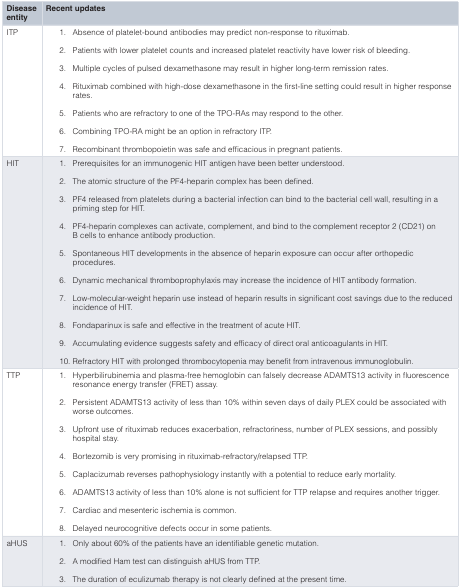
| Diseaseentity | Recent updates |
 | --- | --- |
 | ITP | 1.Absence of platelet-bound antibodies may predict non-response to rituximab.2.Patients with lower platelet counts and increased platelet reactivity have lower risk of bleeding.3.Multiple cycles of pulsed dexamethasone may result in higher long-term remission rates.4.Rituximab combined with high-dose dexamethasone in the first-line setting could result in higher responserates.5.Patients who are refractory to one of the TPO-RAs may respond to the other.6.Combining TPO-RA might be an option in refractory ITP.7.Recombinant thrombopoietin was safe and efficacious in pregnant patients. |
 | HIT | 1.Prerequisites for an immunogenic HIT antigen have been better understood.2.The atomic structure of the PF4-heparin complex has been defined.3.PF4 released from platelets during a bacterial infection can bind to the bacterial cell wall, resulting in apriming step for HIT.4.PF4-heparin complexes can activate, complement, and bind to the complement receptor 2 (CD21) onB cells to enhance antibody production.5.Spontaneous HIT developments in the absence of heparin exposure can occur after orthopedicprocedures.6.Dynamic mechanical thromboprophylaxis may increase the incidence of HIT antibody formation.7.Low-molecular-weight heparin use instead of heparin results in significant cost savings due to the reducedincidence of HIT.8.Fondaparinux is safe and effective in the treatment of acute HIT.9.Accumulating evidence suggests safety and efficacy of direct oral anticoagulants in HIT.10.Refractory HIT with prolonged thrombocytopenia may benefit from intravenous immunoglobulin. |
 | TTP | 1.Hyperbilirubinemia and plasma-free hemoglobin can falsely decrease ADAMTS13 activity in fluorescenceresonance energy transfer (FRET) assay.2.Persistent ADAMTS13 activity of less than 10% within seven days of daily PLEX could be associated withworse outcomes.3.Upfront use of rituximab reduces exacerbation, refractoriness, number of PLEX sessions, and possiblyhospital stay.4.Bortezomib is very promising in rituximab-refractory/relapsed TTP.5.Caplacizumab reverses pathophysiology instantly with a potential to reduce early mortality.6.ADAMTS13 activity of less than 10% alone is not sufficient for TTP relapse and requires another trigger.7.Cardiac and mesenteric ischemia is common.8.Delayed neurocognitive defects occur in some patients. |
 | aHUS | 1.Only about 60% of the patients have an identifiable genetic mutation.2.A modified Ham test can distinguish aHUS from TTP.3.The duration of eculizumab therapy is not clearly defined at the present time. |